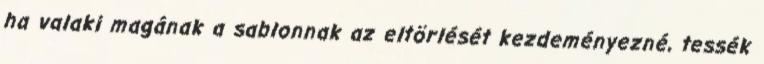
ha valaki magának a sablonnak az eltörlését kezdeményezné, tessék